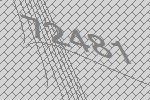
72481